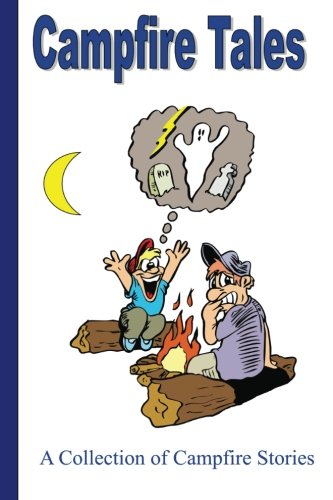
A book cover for Campfire Tales: A Collection of Campfire Stories; Thomas Mercaldo; Sports & Outdoors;